Malaria in India - Number 2
Disease focus: Malaria
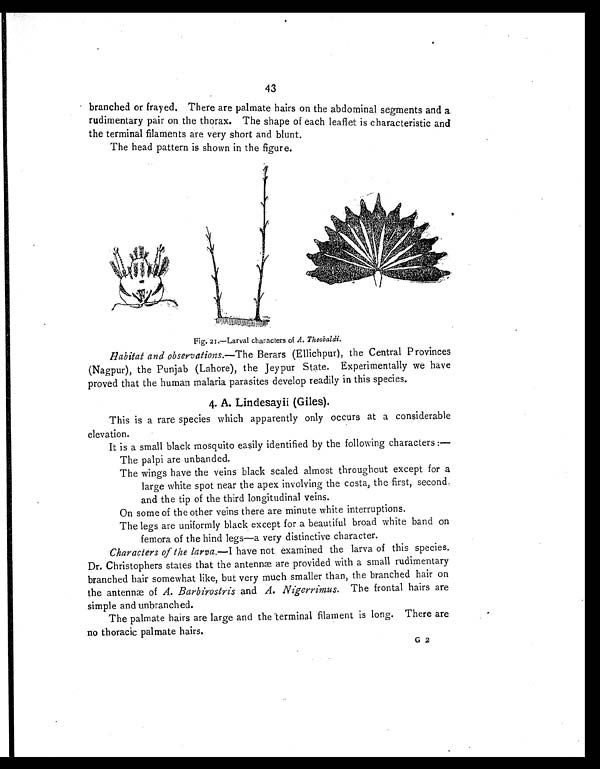
43
branched or frayed. There are palmate hairs on the abdominal segments and a
rudimentary pair on the thorax. The shape of each leaflet is characteristic and
the terminal filaments are very short and blunt.
The head pattern is shown in the figure.
Fig. 21.—Larval characters of A. Theobaldi.
Habitat and observations.—The Berars (Ellichpur), the Central Provinces
(Nagpur), the Punjab (Lahore), the Jeypur State. Experimentally we have
proved that the human malaria parasites develop readily in this species.
4. A. Lindesayii (Giles).
This is a rare species which apparently only occurs at a considerable
elevation.
It is a small black mosquito easily identified by the following characters :—
The palpi are unbanded.
The wings have the veins black scaled almost throughout except for a
large white spot near the apex involving the costa, the first, second,
and the tip of the third longitudinal veins.
On some of the other veins there are minute white interruptions.
The legs are uniformly black except for a beautiful broad white band on
femora of the hind legs—a very distinctive character.
Characters of the larva.—I have not examined the larva of this species.
Dr. Christophers states that the antennæ are provided with a small rudimentary
branched hair somewhat like, but very much smaller than, the branched hair on
the antennæ of A. Barbirostris and A. Nigerrimus. The frontal hairs are
simple and unbranched.
The palmate hairs are large and the terminal filament is long. There are
no thoracic palmate hairs.
G 2